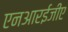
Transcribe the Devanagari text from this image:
एनआरईजीए